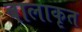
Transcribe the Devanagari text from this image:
बालाकृत